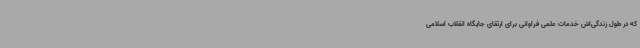
که در طول زندگی‌اش خدمات علمی فراوانی برای ارتقای جایگاه انقلاب اسلامی